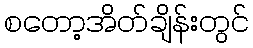
စတော့အိတ်ချိန်းတွင်